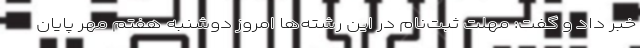
خبر داد و گفت: مهلت ثبت‌نام در این رشته‌ها امروز دوشنبه هفتم مهر پایان